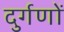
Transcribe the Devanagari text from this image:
दुर्गणों